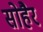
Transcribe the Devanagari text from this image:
सोहैर